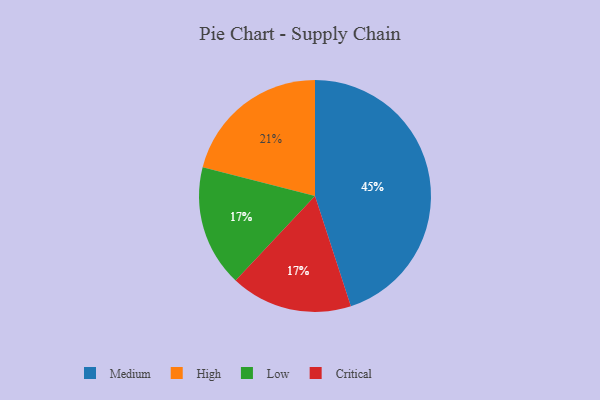
{"axis": {"x": "Category", "y": "Percentage"}, "legend": ["Critical", "High", "Low", "Medium"], "data": [{"x": "Medium", "y": 45, "type": "Medium"}, {"x": "Low", "y": 17, "type": "Low"}, {"x": "High", "y": 21, "type": "High"}, {"x": "Critical", "y": 17, "type": "Critical"}]}